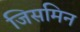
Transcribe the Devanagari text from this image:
जिसमिन